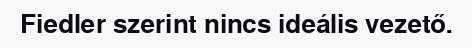
Fiedler szerint nincs ideális vezető.